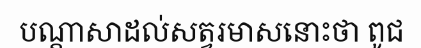
បណ្តាសាដល់សត្វរមាសនោះថា ពូជ